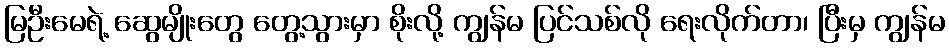
မြဦးမေရဲ့ ဆွေမျိုးတွေ တွေ့သွားမှာ စိုးလို့ ကျွန်မ ပြင်သစ်လို ရေးလိုက်တာ၊ ပြီးမှ ကျွန်မ